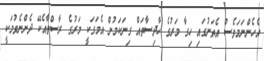
އެހެންނަމަވެސް އެތަނުގައި ހިގާ މަރުގެ ހާދިސާތައް ގިނަކަމުން އެމަގަކީ މަރުގެ ރާސްތާއެކޭ ދެންނެވުމަކީ